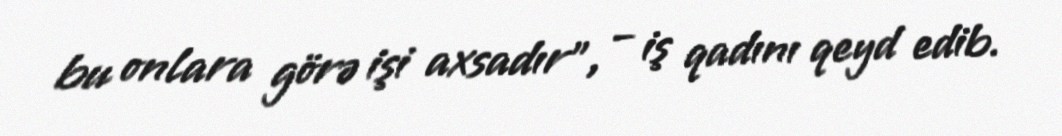
bu onlara görə işi axsadır”, – iş qadını qeyd edib.